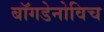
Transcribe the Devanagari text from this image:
बॉगडेनोविच